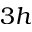
3 h